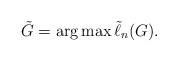
LaTeX: \begin{align*}\tilde G = \arg \max \tilde \ell_n(G).\end{align*}